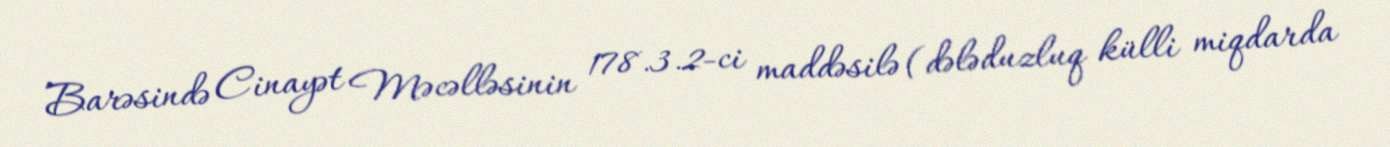
Barəsində Cinayət Məcəlləsinin 178.3.2-ci maddəsilə (dələduzluq külli miqdarda